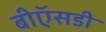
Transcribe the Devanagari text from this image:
बीऍसडी